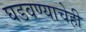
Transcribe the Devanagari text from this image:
घडवण्याचेही